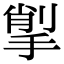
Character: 揱